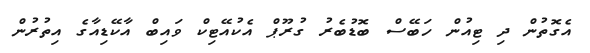
އެގޮތުން ދި ޓިއުން ހަބޭސް ބޮޑުބެރު ގުރޫޕް އެކުއޭޓިކް ވައިބް އާކޭޑިއާގެ އިތުރުން